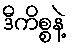
ဒီကိစ္စနဲ့